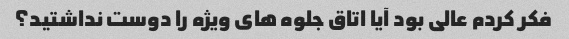
فکر کردم عالی بود آیا اتاق جلوه های ویژه را دوست نداشتید؟